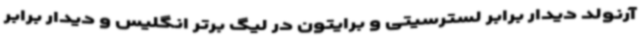
آرنولد دیدار برابر لسترسیتی و برایتون در لیگ برتر انگلیس و دیدار برابر